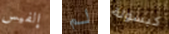
إلفيس لم كبسولة